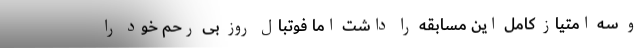
و سه امتیاز کامل این مسابقه را داشت اما فوتبال روز بی ‌رحم‌ خود را